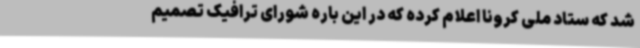
شد که ستاد ملی کرونا اعلام کرده که در این باره شورای ترافیک تصمیم